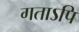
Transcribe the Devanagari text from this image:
गताऽपि